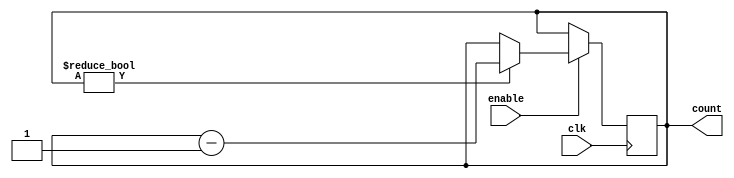
module BCD_Down_Counter_with_Enable(
    input wire clk,
    input wire enable,
    output reg [3:0] count
);

always @(posedge clk) begin
    if(enable) begin
        if(count != 0) begin
            count <= count - 1;
        end
    end
end

endmodule